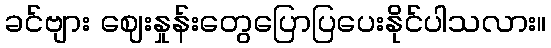
ခင်ဗျား ဈေးနှုန်းတွေပြောပြပေးနိုင်ပါသလား။